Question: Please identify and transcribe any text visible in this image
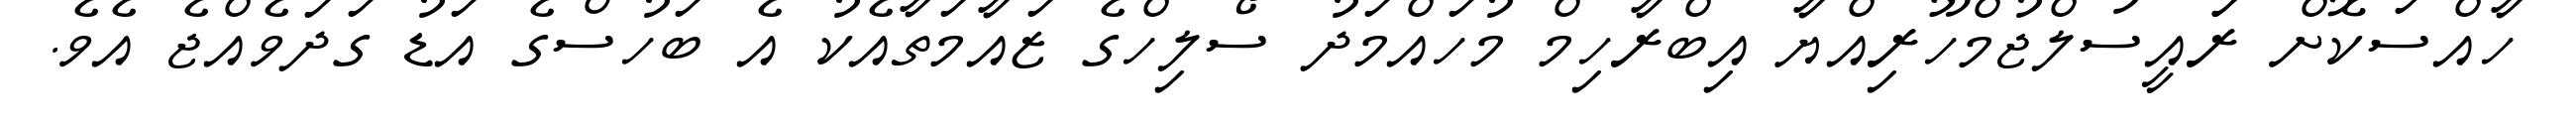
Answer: ހާއްސަކޮށް ރަައީސުލްޖުމްހޫރިއްޔާ އިބްރާހިމް މުހައްމަދު ސޯލިހްގެ ޒައާމަތާއެކު އެ ބަހުސްގެ އަޑު ގަދަވެއްޖެ އެވެ.